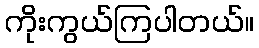
ကိုးကွယ်ကြပါတယ်။